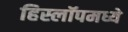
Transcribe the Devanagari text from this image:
हिस्लॉपमध्ये